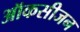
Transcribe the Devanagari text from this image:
ऑकसीजन